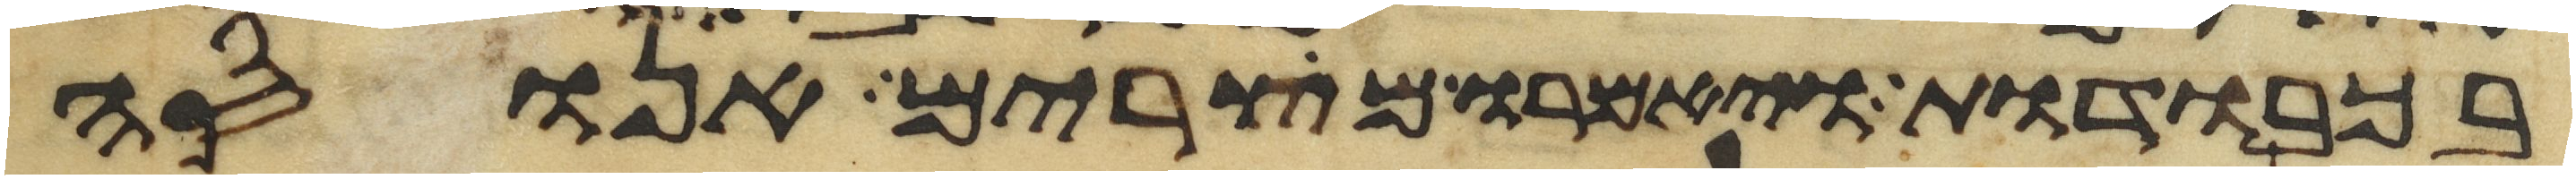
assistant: בכבודות ויאמרו מצרים אנוסה